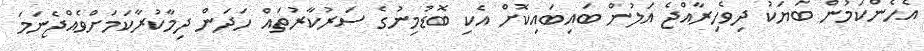
އެހެންކަމުން ބަޔަކު ދިވެހިރާއްޖެ އަލުން ބައިބައިކޮށް އެކި ބޮޑުމިނުގެ ސަރުކާރުތައް ހަދަން ދިމާކުރާކަމަށްވެއްޖެނަމަ